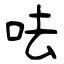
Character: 呿